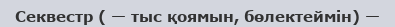
Секвестр ( — тыс қоямын, бөлектеймін) —